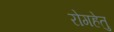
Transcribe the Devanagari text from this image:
रोगहेतु